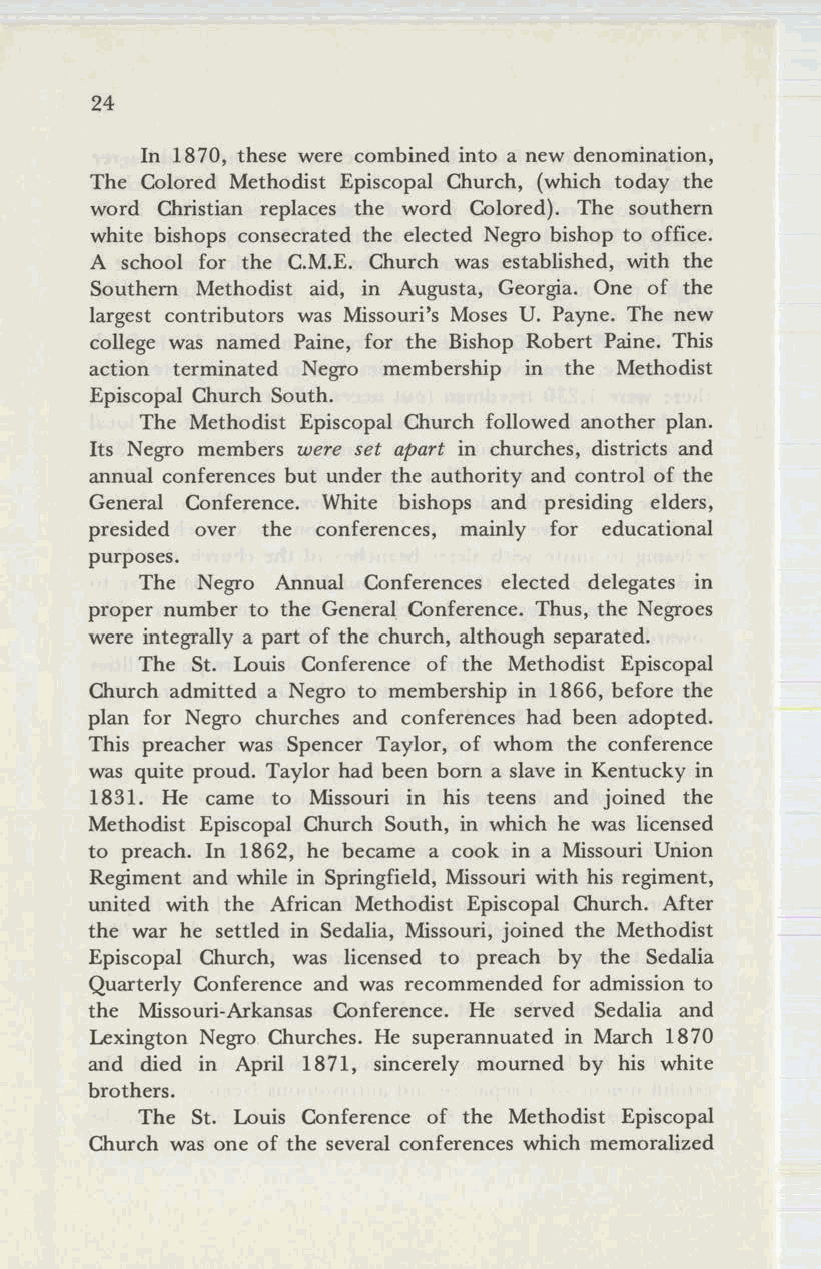
24
 In 1870, these were combined into a new denomination,
 The Colored Methodist Episcopal Church, (which today the
 word Christian replaces the word Colored). The southern
 white bishops consecrated the elected Negro bishop to office.
 A school for the C.M.E. Church was established, with the
 Southern Methodist aid, in Augusta, Georgia. One of the
 largest contributors was Missouri's Moses U. Payne. The new
 college was named Paine, for the Bishop Robert Paine. This
 action terminated Negro membership in the Methodist
 Episcopal Church South.
 The Methodist Episcopal Church followed another plan.
 Its Negro members were set apart in churches, districts and
 annual conferences but under the authority and control of the
 General Conference. White bishops and presiding elders,
 presided over the conferences, mainly for educational
 purposes.
 The Negro Annual Conferences elected delegates in
 proper number to the General Conference. Thus, the Negroes
 were integrally a part of the church, although separated.
 The St. Louis Conference of the Methodist Episcopal
 Church admitted a Negro to membership in 1866, before the
 plan for Negro churches and conferences had been adopted.
 This preacher was Spencer Taylor, of whom the conference
 was quite proud. Taylor had been born a slave in Kentucky in
 1831. He came to Missouri in his teens and joined the
 Methodist Episcopal Church South, in which he was licensed
 to preach. In 1862, he became a cook in a Missouri Union
 Regiment and while in Springfield, Missouri with his regiment,
 united with the African Methodist Episcopal Church. After
 the war he settled in Sedalia, Missouri, joined the Methodist
 Episcopal Church, was licensed to preach by the Sedalia
 Quarterly Conference and was recommended for admission to
 the Missouri-Arkansas Conference. He served Sedalia and
 Lexington Negro Churches. He superannuated in March 1870
 and died in April 1871, sincerely mourned by his white
 brothers.
 The St. Louis Conference of the Methodist Episcopal
 Church was one of the several conferences which memoralized